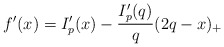
\begin{align*} f'(x) = I'_p(x) - \frac{I'_p(q)}{q}(2q - x)_+ \end{align*}